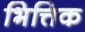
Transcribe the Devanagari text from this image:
भित्तिक